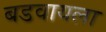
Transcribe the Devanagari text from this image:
बडवायला